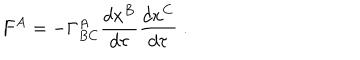
F ^ { A } = - \Gamma _ { B C } ^ { A } \frac { d x ^ { B } } { d \tau } \frac { d x ^ { C } } { d \tau } \; .